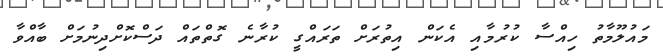
މައުލޫމާތު ހިއްސާ ކުރުމާއި އެކަން އިތުރަށް ތަރައްގީ ކުރާނެ ގޮތްތައް ދަސްކޮށްދިނުމަށް ބާއްވާ